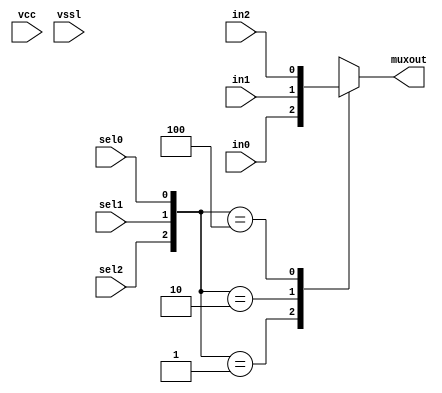
// SPDX-License-Identifier: Apache-2.0
// Copyright (C) 2019 Intel Corporation. All rights reserved
// Library - aibcr_lib, Cell - aibcr_red_clkmux3, View - schematic
// LAST TIME SAVED: May 14 14:12:18 2015
// NETLIST TIME: May 14 14:42:24 2015

module aibcr3_red_clkmux3 ( muxout, in0, in1, in2, sel0, sel1, sel2,
     vcc, vssl );

output  muxout;

input  in0, in1, in2, sel0, sel1, sel2, vcc, vssl;

reg muxout;

always @ ( sel0 or sel1 or sel2 or in0 or in1 or in2 )
	case ( {sel2,sel1,sel0} )
		3'b001 : muxout = in0 ;
		3'b010 : muxout = in1 ;
		3'b100 : muxout = in2 ;
		default : muxout = 1'bx ;
	endcase
endmodule


// End HDL models